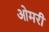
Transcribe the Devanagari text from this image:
ओमरी